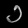
Digit: ၁